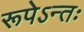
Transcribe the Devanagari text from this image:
रूपेऽन्तः